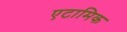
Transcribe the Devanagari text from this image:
एटामिक